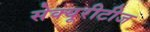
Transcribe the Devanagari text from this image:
सेक्यूरीटीज